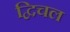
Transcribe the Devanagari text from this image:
द्विचल